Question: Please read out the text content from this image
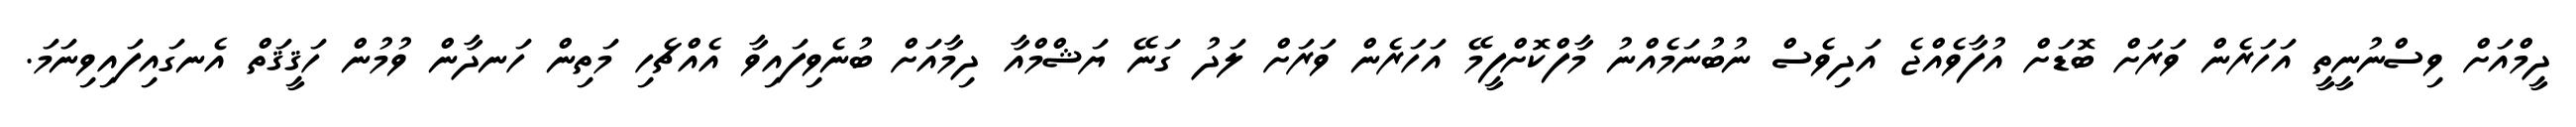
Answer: ދީމްއަށް ވިސްނުނީތީ އަހަރެން ވަރަށް ބޮޑަށް އުފާވެއްޖެ އަދިވެސް ނުބުނަމެއްނު މާފްކޮށްފީމޭ އަހަރެން ވަރަށް ލަދު ގަނޭ ޔަޝްމްއާ ދިމާއަށް ބުނެވިފައިވާ އެއްޗެހި މަތިން ހަނދާން ވުމުން ހަޤީޤަތް އެނގައިފައިވިނަމަ.